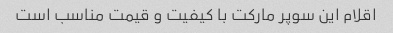
اقلام این سوپر مارکت با کیفیت و قیمت مناسب است